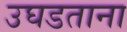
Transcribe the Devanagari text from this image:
उघडताना